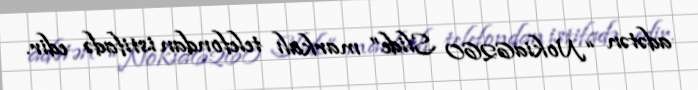
adətən “Nokia6260 Slide” markalı telefondan istifadə edir.